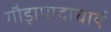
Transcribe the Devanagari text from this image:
गौड़ापादाचार्य